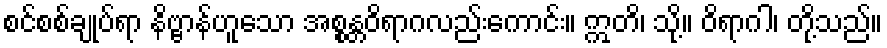
စင်စစ်ချုပ်ရာ နိဗ္ဗာန်ဟူသော အစ္စန္တဝိရာဂလည်းကောင်း။ ဣတိ၊ သို့။ ဝိရာဂါ၊ တို့သည်။